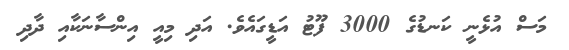
މަަސް އުޅެނީ ކަނޑުގެ 3000 ފޫޓު އަޑީގައެވެ. އަދި މިއީ އިންސާނަކާއި ދާދި